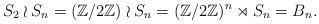
LaTeX: \begin{align*}S_2 \wr S_n = (\mathbb Z/2 \mathbb Z) \wr S_n = (\mathbb Z/2 \mathbb Z)^n \rtimes S_n = B_n.\end{align*}